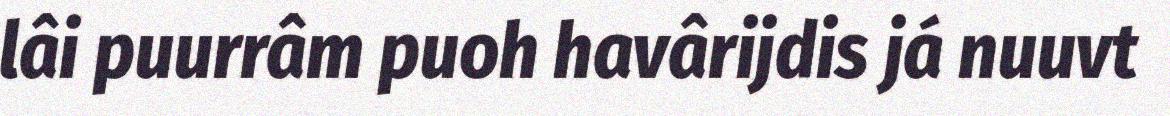
lâi puurrâm puoh havârijdis já nuuvt